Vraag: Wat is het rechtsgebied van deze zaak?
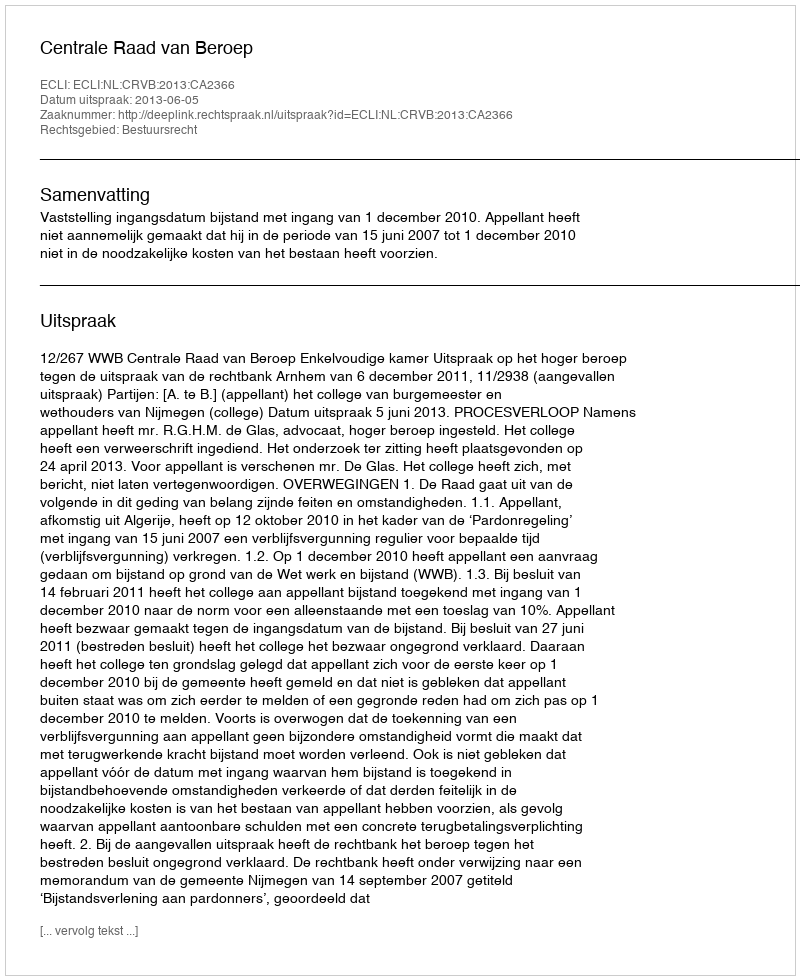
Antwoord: Bestuursrecht